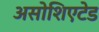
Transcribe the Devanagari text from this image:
असोशिएटेड